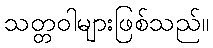
သတ္တဝါများဖြစ်သည်။